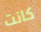
كانت